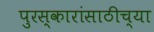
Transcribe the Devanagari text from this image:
पुरस्कारांसाठीच्या